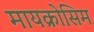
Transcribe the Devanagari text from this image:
मायक्रोसिम